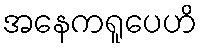
အနေကရူပေဟိ